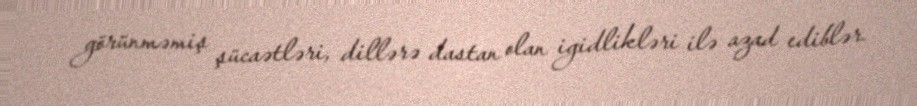
görünməmiş şücaətləri, dillərə dastan olan igidlikləri ilə azad ediblər.